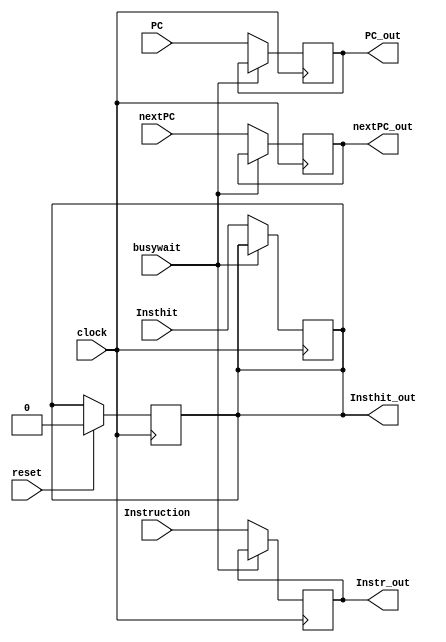
// Pipeline register between instruction fetching and register read stages
`timescale  1ns/100ps

module PipelineReg_1(clock,reset,nextPC,PC,Instruction,Insthit,busywait,
                     nextPC_out,PC_out,Instr_out,Insthit_out);

input [31:0] nextPC,PC,Instruction;
input clock,reset,Insthit,busywait;   //  instruction hit signal to check wether the fetched instruction is a valid one and busywait to 
                          //  the register to hold the value.

output reg [31:0] nextPC_out,PC_out,Instr_out;
output reg Insthit_out; 

always @(posedge clock ) begin
    #3                                                 //register read delay
    if (!busywait)begin
        nextPC_out  <= nextPC;
        PC_out      <= PC;
        Instr_out   <= Instruction;
        Insthit_out <= Insthit;
    end
end

always @(posedge clock)begin
    if(reset == 1'b1) begin 
        Insthit_out <= 0;
    end
end

endmodule




// Pipeline register between register read stage & ALU operation stage

module PipelineReg_2(clock,reset,busywait,
        //from instruction
        des_register,Funct3,rs1,rs2,                /*  Hazard handling update: Rs1 and rs2 from instruction is needed in the alu stage*/
        
        //control signals
        mux_5_sel,writeEnable,mux_3_sel,memWrite,memRead,ALUop,mux_4_sel,branch,jump,mux_1_sel,
        
        //PC
        PC,nextPC,
        
        //regfile outputs
        data1,data2,
        
        //immidiate value
        mux_2_out,
        
        //inst hit signal
        Insthit,

        //branch address
        B_address,
        
        //outputs
        des_register_out,Funct3_out,rs1_out,rs2_out,mux_5_sel_out,writeEnable_out,mux_3_sel_out,memWrite_out,memRead_out,ALUop_out,mux_4_sel_out,branch_out,jump_out,mux_1_sel_out,
        PC_out,nextPC_out,data1_out,data2_out,mux_2_out_out,Insthit_out,B_address_out);

input [31:0] nextPC,PC,data1,data2,mux_2_out,B_address;
input [4:0]  ALUop,des_register,rs1,rs2;
input [2:0]  Funct3;
input [1:0]  mux_4_sel;
input        reset,clock,busywait,mux_5_sel,writeEnable,mux_3_sel,memWrite,memRead,branch,jump,mux_1_sel,Insthit;

output reg [31:0] nextPC_out,PC_out,data1_out,data2_out,mux_2_out_out,B_address_out;
output reg [4:0]  ALUop_out,des_register_out,rs1_out,rs2_out;
output reg [2:0]  Funct3_out;
output reg [1:0]  mux_4_sel_out;
output reg        mux_5_sel_out,writeEnable_out,mux_3_sel_out,memWrite_out,memRead_out,branch_out,jump_out,mux_1_sel_out,Insthit_out;

always @(posedge clock ) begin
    #3                                                 //register read delay
    if (!busywait)begin
        nextPC_out <= nextPC;
        PC_out     <= PC;
        data1_out  <= data1;
        data2_out  <= data2;
        ALUop_out  <= ALUop;
        des_register_out    <= des_register;
        mux_2_out_out       <= mux_2_out;
        Funct3_out          <= Funct3;
        mux_4_sel_out       <= mux_4_sel;
        mux_5_sel_out       <= mux_5_sel;
        writeEnable_out     <= writeEnable;
        mux_3_sel_out       <= mux_3_sel;
        memWrite_out        <= memWrite;
        memRead_out         <= memRead;
        branch_out          <= branch;
        jump_out            <= jump;
        mux_1_sel_out       <= mux_1_sel;
        Insthit_out         <= Insthit;
        rs1_out             <= rs1;
        rs2_out             <= rs2;
        B_address_out       <= B_address;
    end
end

//waht should happen when reset????
always @(posedge clock)begin
    if(reset == 1'b1) begin 
        Insthit_out <= 0;
    end
end

endmodule



// Pipeline register between ALU operation stage & data memory stage

module PipelineReg_3(clock,reset,busywait,
        //from instruction
        des_register,Funct3,
        
        //control signals
        writeEnable,mux_3_sel,memWrite,memRead,
        
        //Alu out
        ALUout,
        
        //regfile outputs
        data2,
        
        //inst hit signal
        Insthit,
        
        //outputs
        des_register_out,Funct3_out,writeEnable_out,mux_3_sel_out,memWrite_out,memRead_out,ALUout_out,data2_out,Insthit_out);

input [31:0] data2,ALUout;
input [4:0]  des_register;
input [2:0]  Funct3;
input        reset,clock,busywait,writeEnable,mux_3_sel,memWrite,memRead,Insthit;

output reg [31:0] data2_out,ALUout_out;
output reg [4:0]  des_register_out;
output reg [2:0]  Funct3_out;
output reg        writeEnable_out,mux_3_sel_out,memWrite_out,memRead_out,Insthit_out;

always @(posedge clock ) begin
    #3                                                 //register read delay
    if (!busywait)begin
        data2_out           <= data2;
        ALUout_out          <= ALUout;
        des_register_out    <= des_register;
        Funct3_out          <= Funct3;
        writeEnable_out     <= writeEnable;
        mux_3_sel_out       <= mux_3_sel;
        memWrite_out        <= memWrite;
        memRead_out         <= memRead;
        Insthit_out         <= Insthit;
    end
end

//what should happen when reset????
always @(posedge clock)begin
    if(reset == 1'b1) begin          /*  Hazard Handling updates
                                        here it was not enough just writing zero to insthit signal. we need to add a bubble to the datapath
                                        we thought to use the same reset signal for that but here it zeroed all outputs instead of instHit_out signal
                                        because just zeroing it will introduce an infinite loop for the the datapath with the load_use_module */ 
        data2_out           <= 0;
        ALUout_out          <= 0;
        des_register_out    <= 0;
        Funct3_out          <= 0;
        writeEnable_out     <= 0;
        mux_3_sel_out       <= 0;
        memWrite_out        <= 0;
        memRead_out         <= 0;
        Insthit_out         <= 0;
    end
end

endmodule

// Pipeline register between data memory stage & writeback stage

module PipelineReg_4(clock,reset,
        //from instruction
        des_register,
        
        //control signals
        writeEnable,mux_3_sel,
        
        //Alu out
        ALUout,
        
        //data mem outputs
        dmem_out,
        
        //inst hit signal
        Insthit,
        
        //outputs
        des_register_out,writeEnable_out,mux_3_sel_out,ALUout_out,dmem_out_out,Insthit_out);

input [31:0] dmem_out,ALUout;
input [4:0]  des_register;
input        reset,clock,writeEnable,mux_3_sel,Insthit;

output reg [31:0] dmem_out_out,ALUout_out;
output reg [4:0]  des_register_out;
output reg        writeEnable_out,mux_3_sel_out,Insthit_out;

always @(posedge clock ) begin
    #3                                                 //register read delay
        dmem_out_out        <= dmem_out;
        ALUout_out          <= ALUout;
        des_register_out    <= des_register;
        writeEnable_out     <= writeEnable;
        mux_3_sel_out       <= mux_3_sel;
        Insthit_out         <= Insthit;
end

//what should happen when reset????
always @(posedge clock)begin
    if(reset == 1'b1) begin 
        Insthit_out <= 0;
    end
end

endmodule